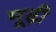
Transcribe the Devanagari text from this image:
मूढ़ी